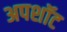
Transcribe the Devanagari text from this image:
अपशॉट